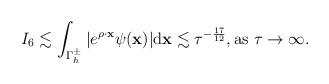
LaTeX: \begin{align*} \begin{aligned} I_6&\lesssim \int_{\Gamma_h^\pm}\vert e^{\rho \cdot \mathbf x}\psi(\mathbf x)\vert \mathrm d\mathbf x\lesssim \tau^{-\frac{17}{12}}, \mbox{as $\tau \rightarrow \infty$. } \end{aligned} \end{align*}